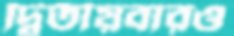
দ্বিতীয়বারও